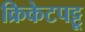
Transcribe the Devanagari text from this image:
क्रिकेटपट्टू